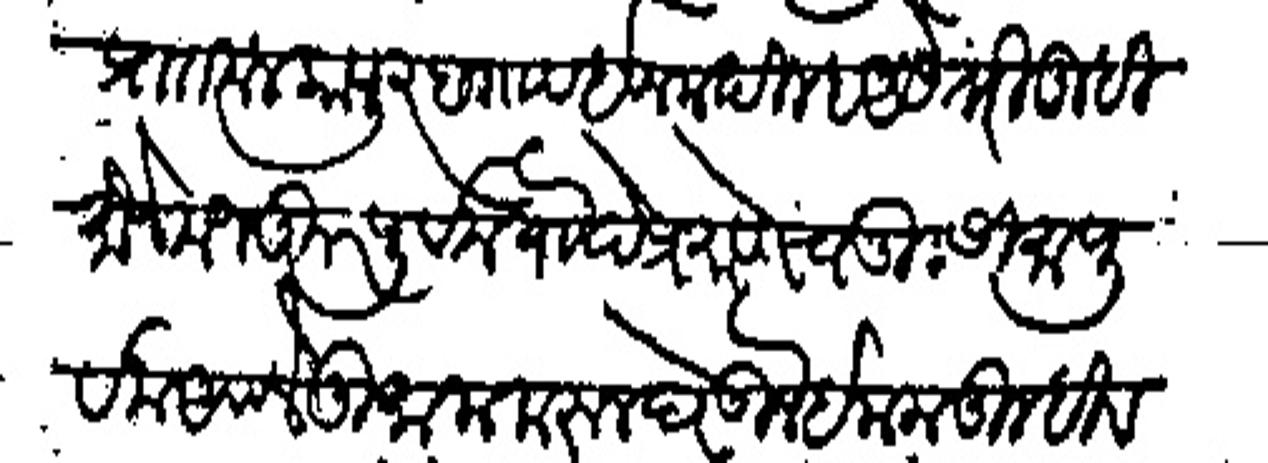
Transliteration (Devanagari): प्रात मलकापूर हा गाव इनाम दिल्हा असे तरी तुम्ही मौजे मंजकूर पूर्व मर्यदि प्रमाणे चतुःसीमा पुर्वक आपले दुमाला करून घेऊन इनाम तुम्ही व